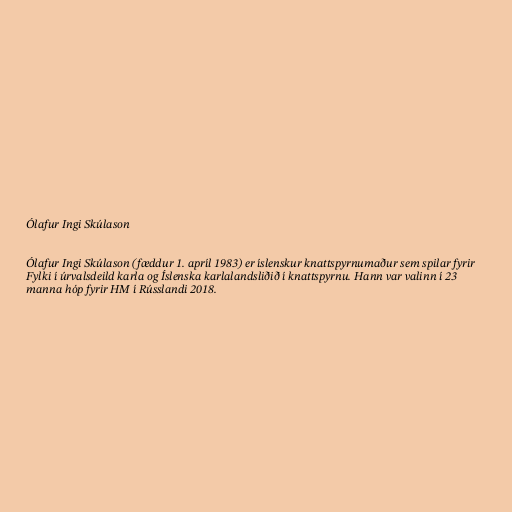
Ólafur Ingi Skúlason

Ólafur Ingi Skúlason (fæddur 1. apríl 1983) er íslenskur knattspyrnumaður sem spilar fyrir
Fylki í úrvalsdeild karla og Íslenska karlalandsliðið í knattspyrnu. Hann var valinn í 23
manna hóp fyrir HM í Rússlandi 2018.